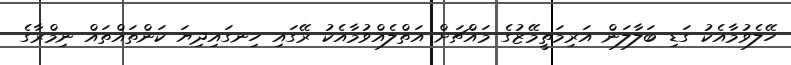
ހޭލެވުމާއެކު ގަޑި ބަލާލަން އަރިމަތީމޭޒުގެ މައްޗަށް އަތްލެއްވުމާއެކު ރޭގައި ހިނގައިދިޔަ ކަންތައްތައް ނިމްރާގެ